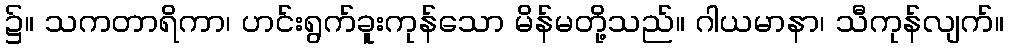
၌။ သကတာရိကာ၊ ဟင်းရွက်ခူးကုန်သော မိန်မတို့သည်။ ဂါယမာနာ၊ သီကုန်လျက်။